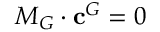
M _ { G } \cdot \mathbf { c } ^ { G } = 0